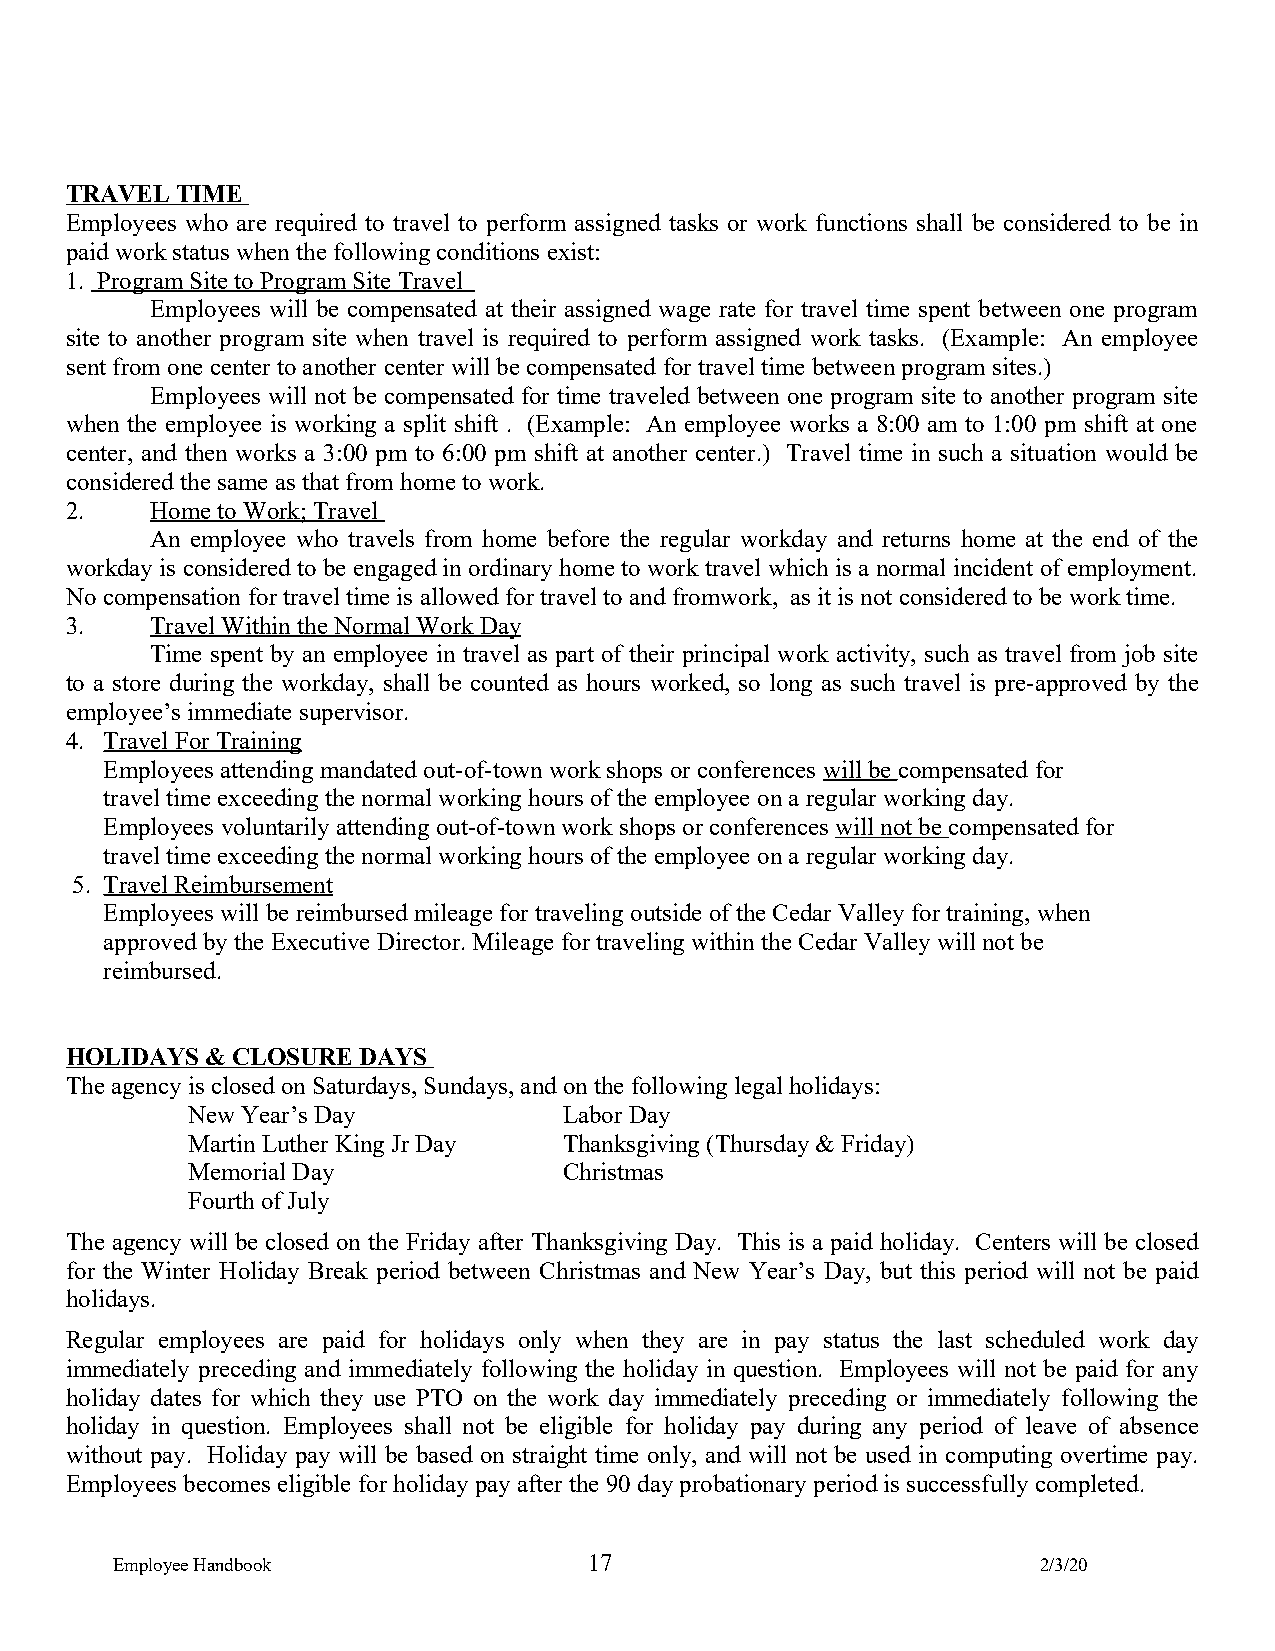
TRAVEL  TIME
 Employees who are required to travel to perform assigned tasks or work functions shall be considered to be in
 paid work status when the following conditions exist:
 1. Program Site to Program Site Travel
 Employees will be compensated at their assigned wage rate for travel time spent between one program
 site to another program site when travel is required to perform assigned work tasks. (Example: An employee
 sent from one center to another center will be compensated for travel time between program sites.)
 Employees will not be compensated for time traveled between one program site to another program site
 when the employee is working a split shift . (Example: An employee works a 8:00 am to 1:00 pm shift at one
 center, and then works a 3:00 pm to 6:00 pm shift at another center.) Travel time in such a situation would be
 considered the same as that from home to work.
 2.    Home to Work; Travel
 An employee who travels from home before the regular workday and returns home at the end of the
 workday is considered to be engaged in ordinary home to work travel which is a normal incident of employment.
 No compensation for travel time is allowed for travel to and fromwork, as it is not considered to be work time.
 3.    Travel Within the Normal Work Day
 Time spent by an employee in travel as part of their principal work activity, such as travel from job site
 to a store during the workday, shall be counted as hours worked, so long as such travel is pre-approved by the
 employee’s immediate supervisor.
 4. Travel For Training
 Employees attending mandated out-of-town work shops or conferences will be compensated for
 travel time exceeding the normal working hours of the employee on a regular working day.
 Employees voluntarily attending out-of-town work shops or conferences will not be compensated for
 travel time exceeding the normal working hours of the employee on a regular working day.
 5. Travel Reimbursement
 Employees will be reimbursed mileage for traveling outside of the Cedar Valley for training, when
 approved by the Executive Director. Mileage for traveling within the Cedar Valley will not be
 reimbursed.
 HOLIDAYS  & CLOSURE DAYS
 The agency is closed on Saturdays, Sundays, and on the following legal holidays:
 New Year’s Day           Labor Day
 Martin Luther King Jr Day Thanksgiving (Thursday & Friday)
 Memorial Day             Christmas
 Fourth of July
 The agency will be closed on the Friday after Thanksgiving Day. This is a paid holiday. Centers will be closed
 for the Winter Holiday Break period between Christmas and New Year’s Day, but this period will not be paid
 holidays.
 Regular employees are paid for holidays only when they are in pay status the last scheduled work day
 immediately preceding and immediately following the holiday in question. Employees will not be paid for any
 holiday dates for which they use PTO on the work day immediately preceding or immediately following the
 holiday in question. Employees shall not be eligible for holiday pay during any period of leave of absence
 without pay. Holiday pay will be based on straight time only, and will not be used in computing overtime pay.
 Employees becomes eligible for holiday pay after the 90 day probationary period is successfully completed.
 Employee Handbook               17                            2/3/20